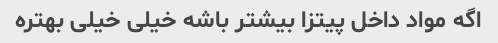
اگه مواد داخل پیتزا بیشتر باشه خیلی خیلی بهتره